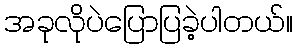
အခုလိုပဲပြောပြခဲ့ပါတယ်။